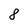
Character: 8